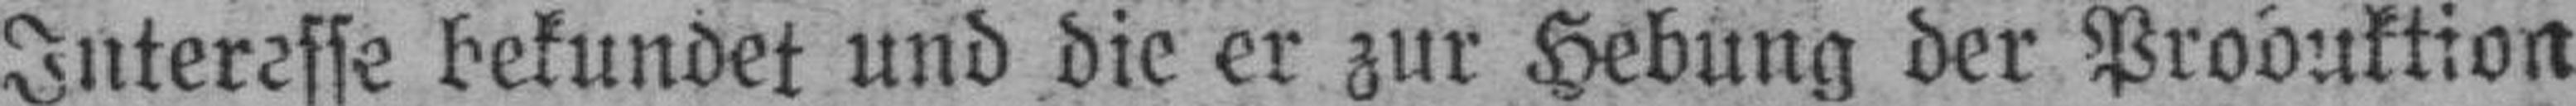
Interesse bekundet und die er zur Hebung der Produktion